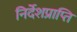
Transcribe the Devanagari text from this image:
निर्देशप्राप्ति